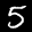
Label: 5